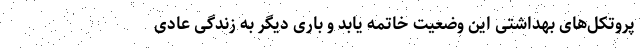
پروتکل‌های بهداشتی این وضعیت خاتمه یابد و باری دیگر به زندگی عادی